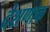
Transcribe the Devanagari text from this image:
देशणोक